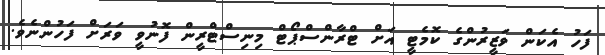
ފަހު އެކަން ވަޒީރުންގެ ކޮމެޓީ އަށް ޓްރާންސްޕޯޓް މިނިސްޓްރީން ފޮނުވީ ވަރަށް ފަހުންނެވެ.